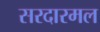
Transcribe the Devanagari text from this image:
सरदारमल